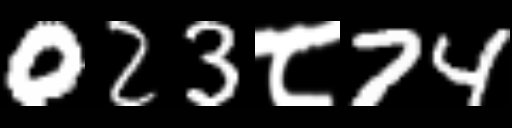
Text: 023८74